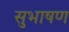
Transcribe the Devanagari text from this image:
सुभाषण